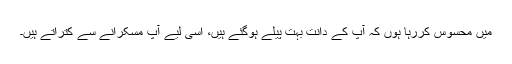
میں محسوس کررہا ہوں کہ آپ کے دانت بہت پیلے ہوگئے ہیں، اسی لیے آپ مسکرانے سے کتراتے ہیں۔